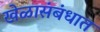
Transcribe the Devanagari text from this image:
खेळासंबंधात